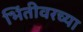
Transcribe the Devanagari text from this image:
भिंतीवरच्या